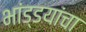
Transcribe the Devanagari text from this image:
भांड्डयांचा